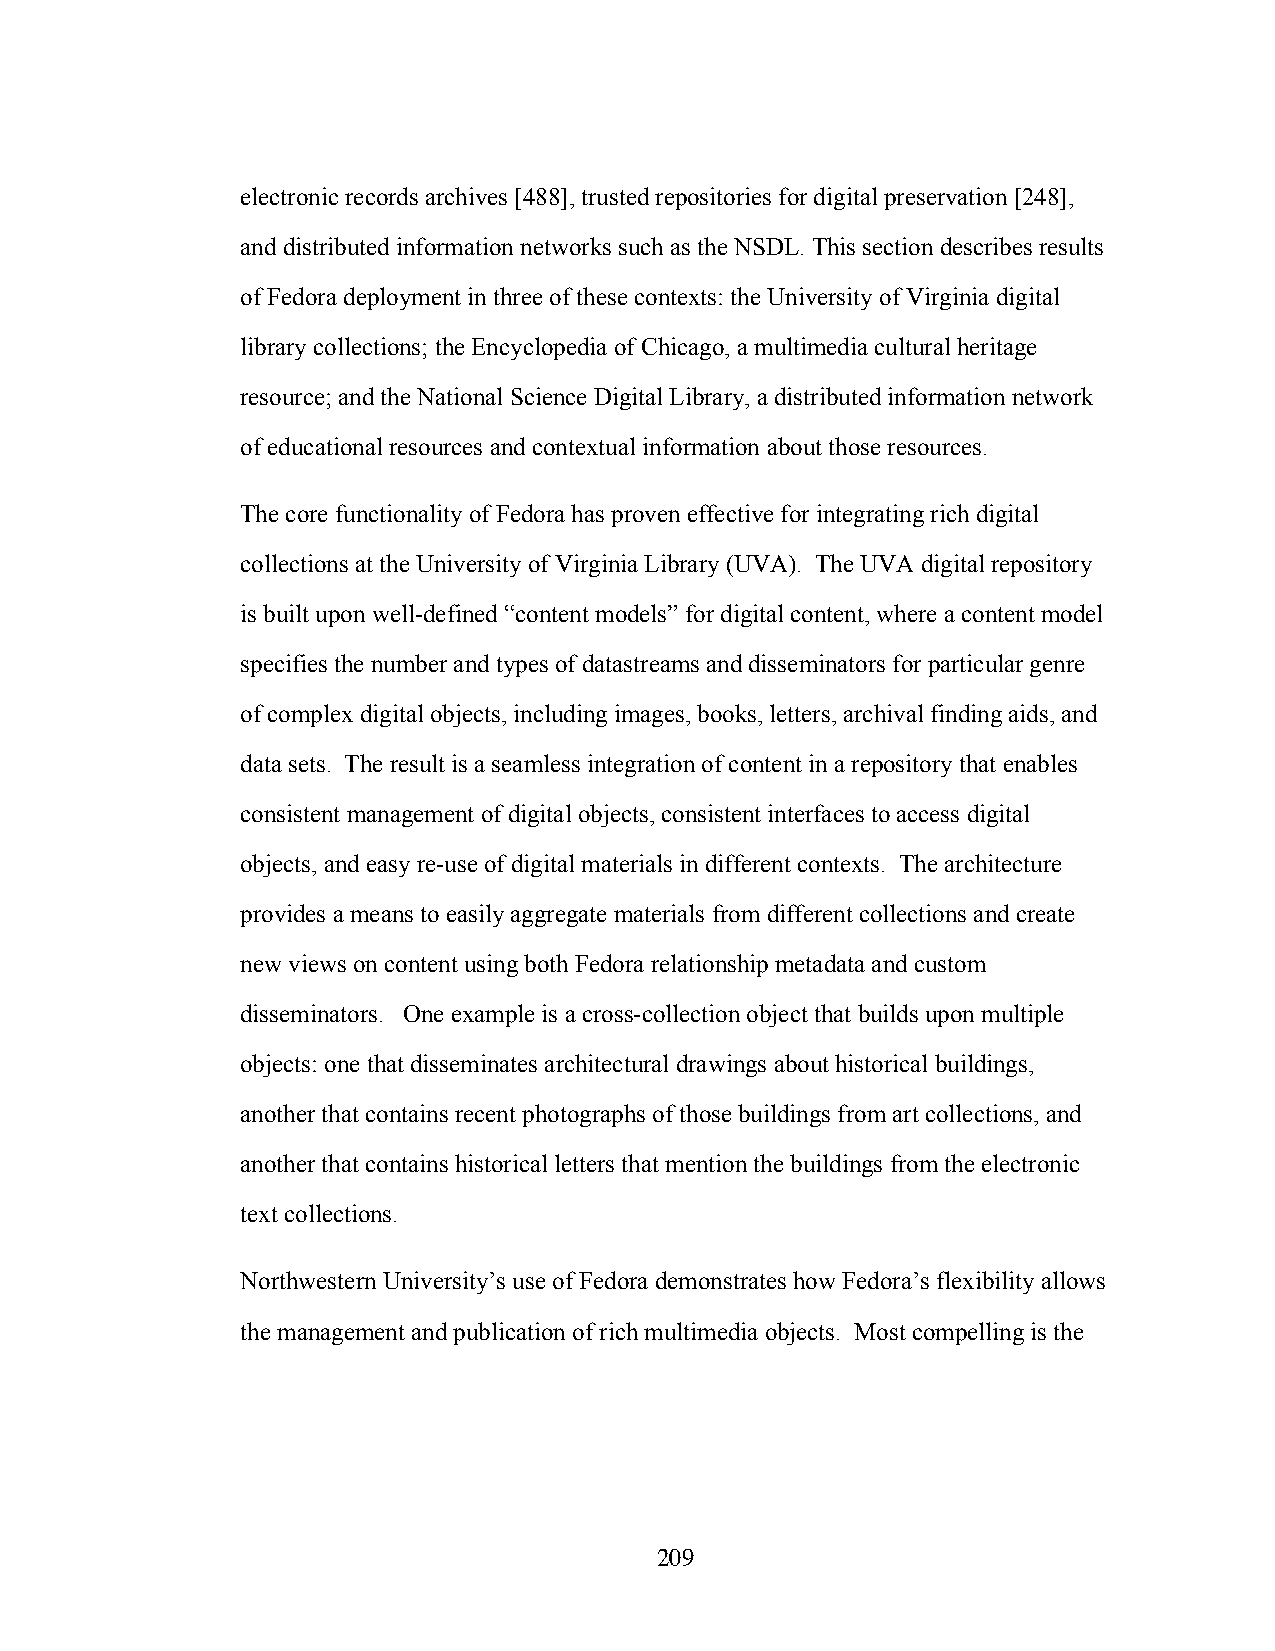
electronic records archives [488], trusted repositories for digital preservation [248],
 and distributed information networks such as the NSDL. This section describes results
 of Fedora deployment in three of these contexts: the University of Virginia digital
 library collections; the Encyclopedia of Chicago, a multimedia cultural heritage
 resource; and the National Science Digital Library, a distributed information network
 of educational resources and contextual information about those resources.
 The core functionality of Fedora has proven effective for integrating rich digital
 collections at the University of Virginia Library (UVA). The UVA digital repository
 is built upon well-defined “content models” for digital content, where a content model
 specifies the number and types of datastreams and disseminators for particular genre
 of complex digital objects, including images, books, letters, archival finding aids, and
 data sets. The result is a seamless integration of content in a repository that enables
 consistent management of digital objects, consistent interfaces to access digital
 objects, and easy re-use of digital materials in different contexts. The architecture
 provides a means to easily aggregate materials from different collections and create
 new views on content using both Fedora relationship metadata and custom
 disseminators. One example is a cross-collection object that builds upon multiple
 objects: one that disseminates architectural drawings about historical buildings,
 another that contains recent photographs of those buildings from art collections, and
 another that contains historical letters that mention the buildings from the electronic
 text collections.
 Northwestern University’s use of Fedora demonstrates how Fedora’s flexibility allows
 the management and publication of rich multimedia objects. Most compelling is the
 209